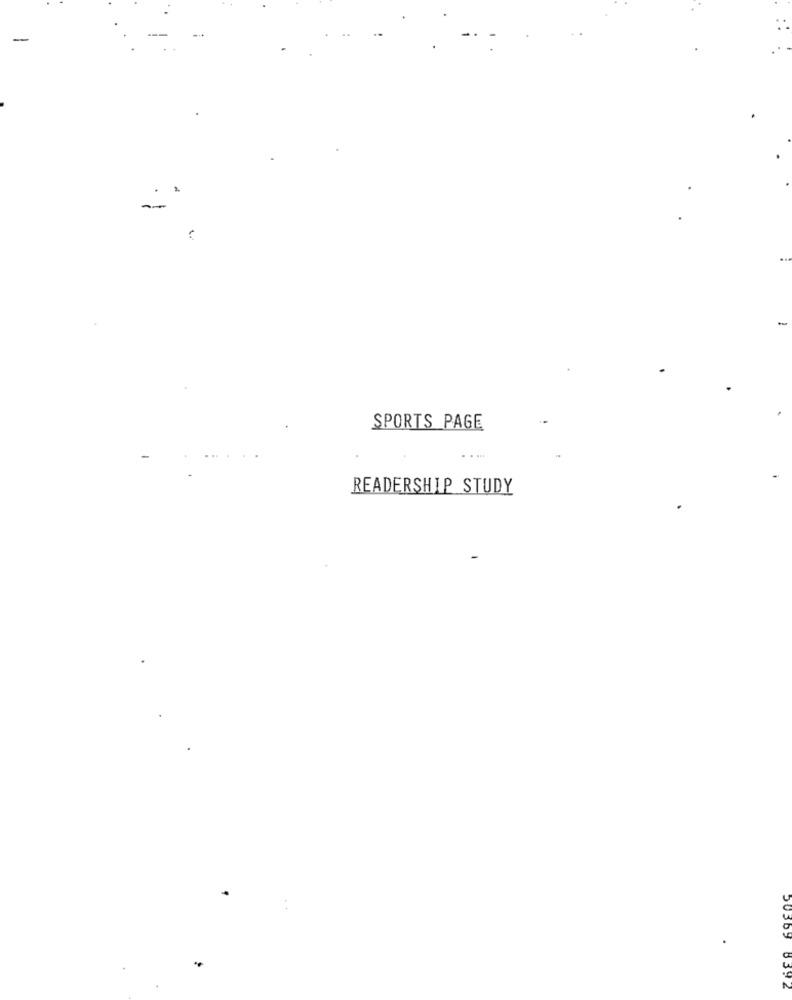
-
.
--
SPORTS PAGE
. ..
READERSHIP STUDY